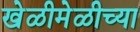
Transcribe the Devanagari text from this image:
खेळीमेळीच्या